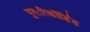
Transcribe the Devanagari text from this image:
पुनःरिकॉर्डिड